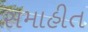
સમાહીત